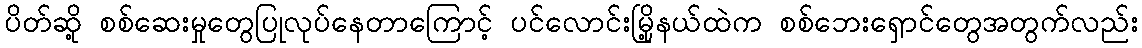
ပိတ်ဆို့ စစ်ဆေးမှုတွေပြုလုပ်နေတာကြောင့် ပင်လောင်းမြို့နယ်ထဲက စစ်ဘေးရှောင်တွေအတွက်လည်း